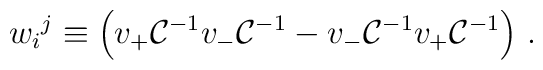
w_i{}^j\equiv \Big(v_{+} {\cal C}^{-1} v_{-} {\cal C}^{-1} - v_{-} {\cal C}^{-1} v_{+} {\cal C}^{-1}\Big)\ .